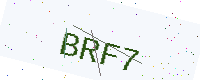
Text: BRF7